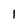
Character: l